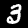
Label: 3